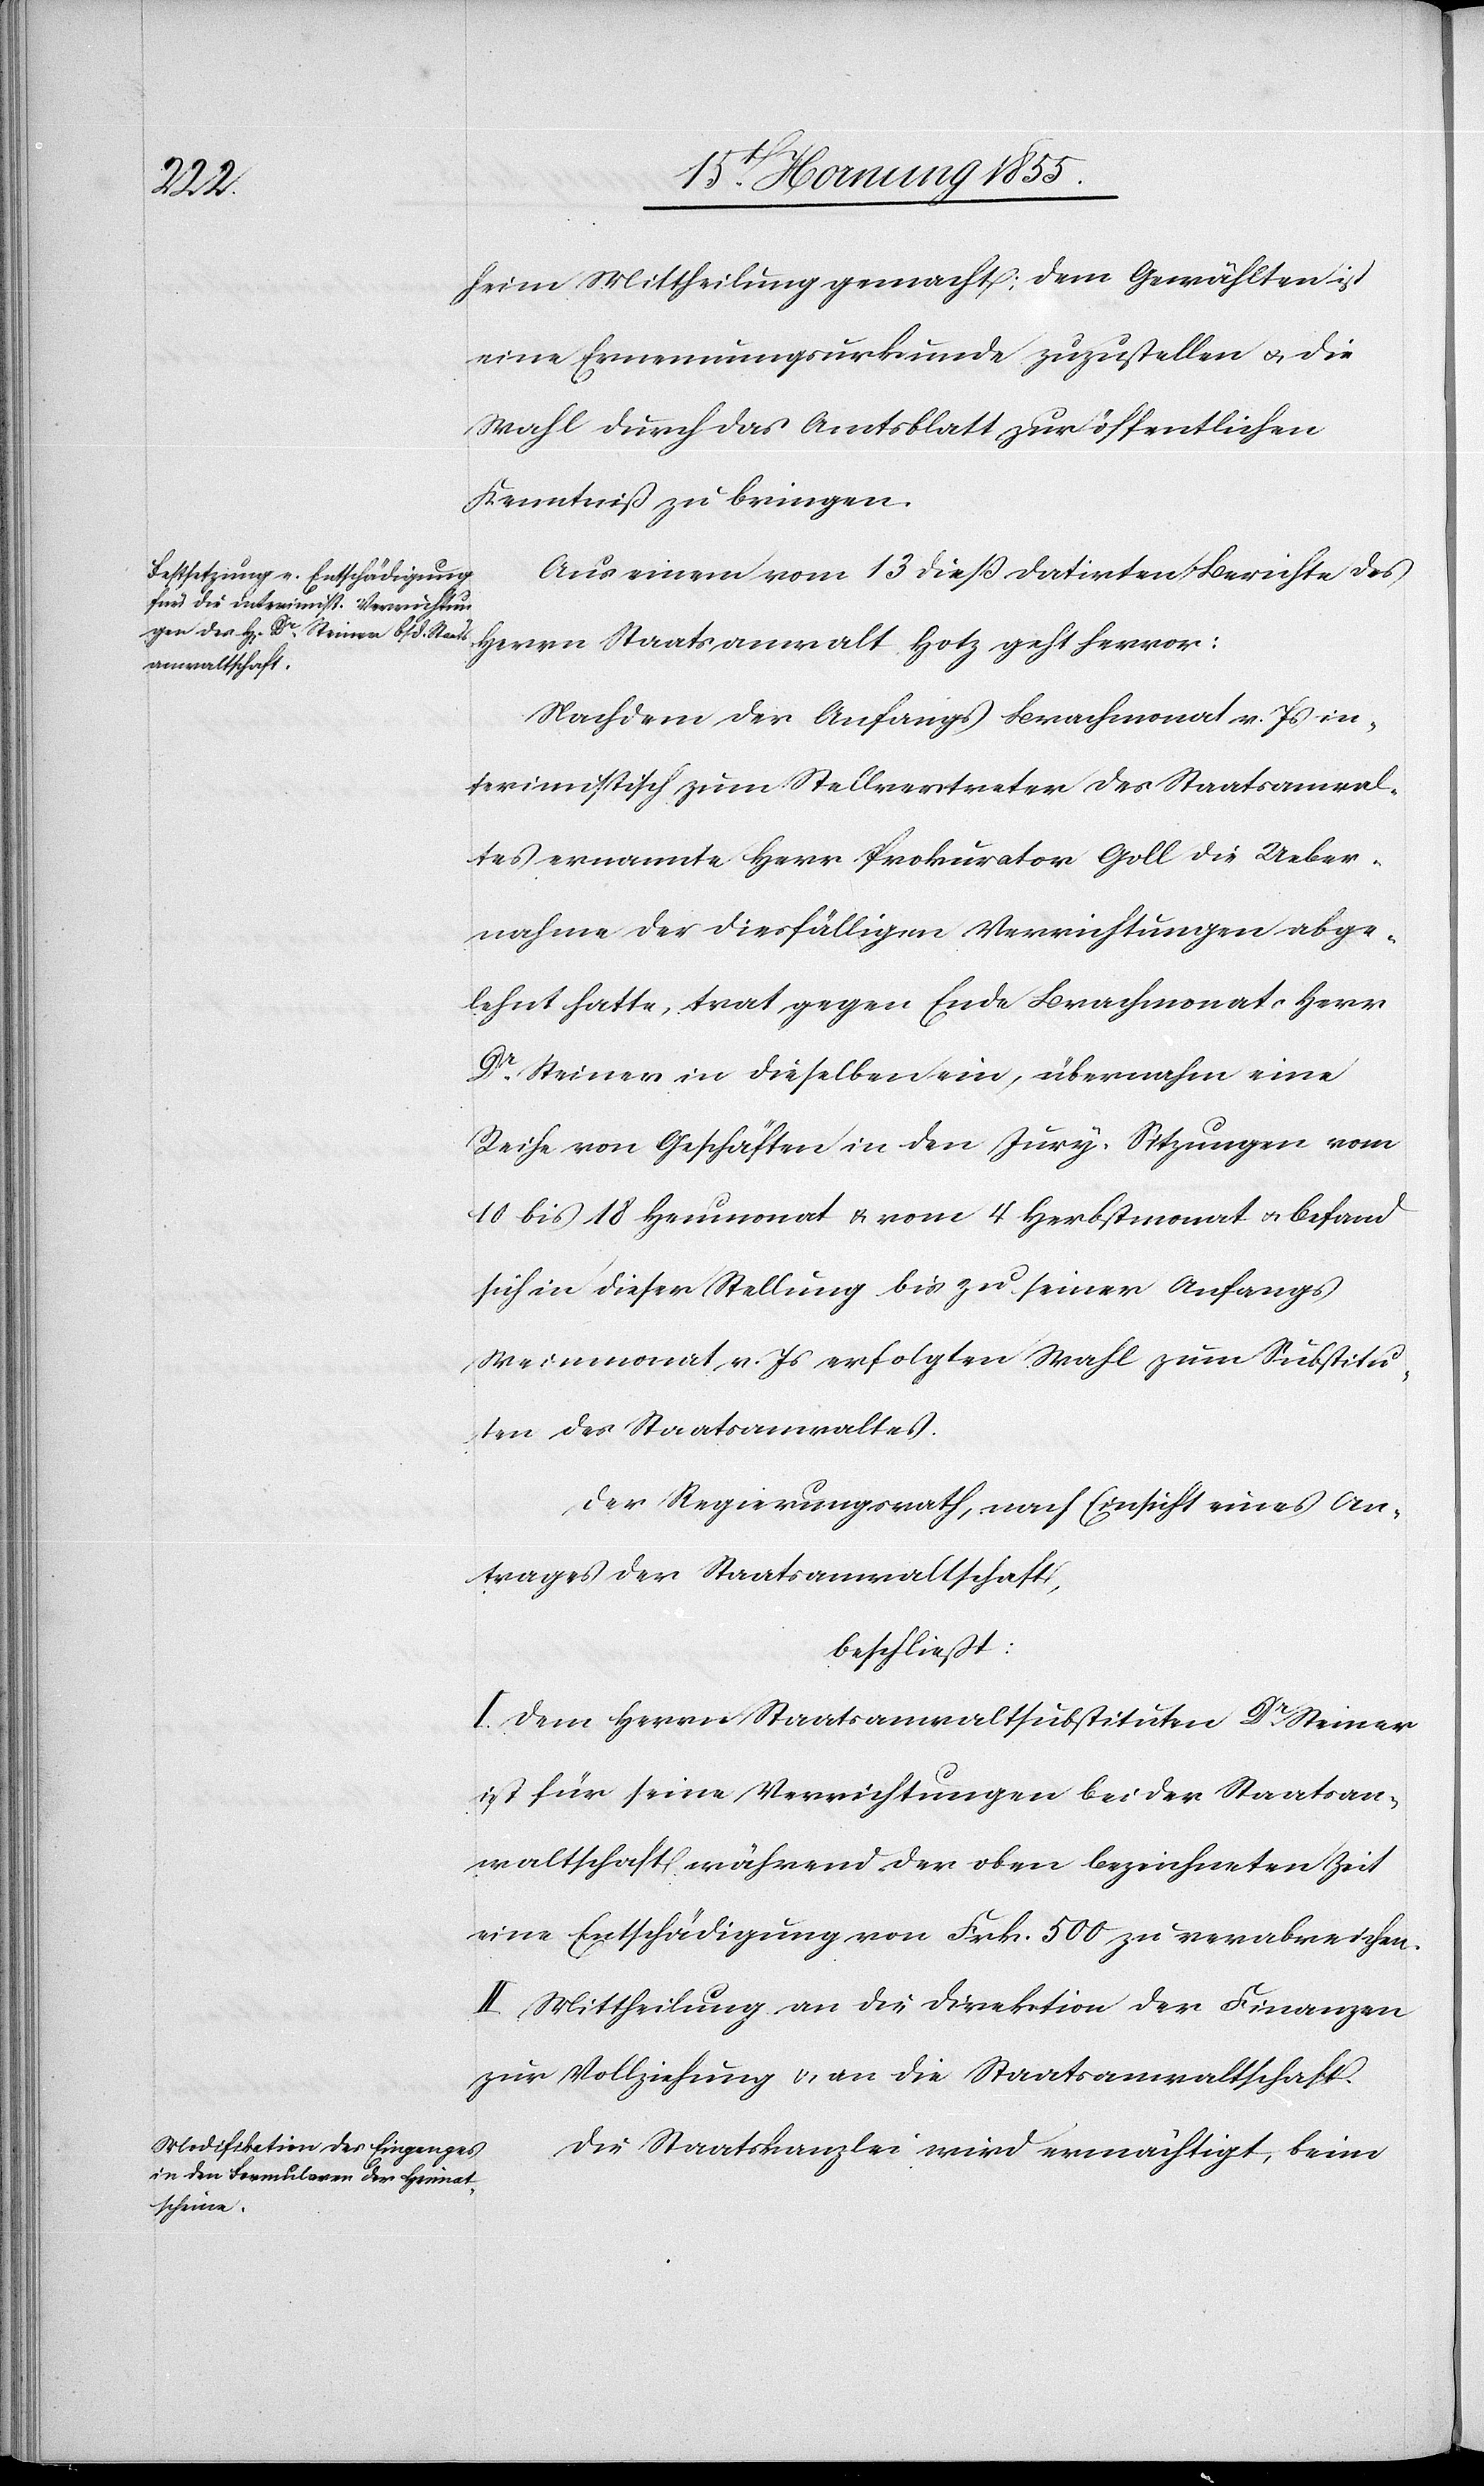
heim Mittheilung gemacht; dem Gewählten ist
eine Ernennungsurkunde zuzustellen & die
Wahl durch das Amtsblatt zur öffentlichen
Kenntniß zu bringen.
Aus einem vom 13 dieß datirten Berichte des
Herrn Staatsanwalt Hotz geht hervor:
Nachdem der Anfangs Brachmonat v. Js in¬
terimistisch zum Stellvertreter des Staatsanwal¬
tes ernannte Herr Prokurator Goll die Ueber¬
nahme der diesfälligen Verrichtungen abge¬
lehnt hatte, trat gegen Ende Brachmonats Herr
Dr. Steiner in dieselben ein, übernahm eine
Reihe von Geschäften in den Jury-Sitzungen vom
10 bis 18 Heumonat & vom 4 Herbstmonat & befand
sich in dieser Stellung bis zu seiner Anfangs
Weinmonat v. Js erfolgten Wahl zum Substitu¬
ten des Staatsanwaltes.
Der Regierungsrath, nach Einsicht eines An¬
trages der Staatsanwaltschaft,
beschliesst:
I. Dem Herrn Staatsanwaltsubstituten Dr. Steiner
ist für seine Verrichtungen bei der Staatsan¬
waltschaft während der oben bezeichneten Zeit
eine Entschädigung von Frk. 500 zu verabreichen.
II. Mittheilung an die Direktion der Finanzen
zur Vollziehung & an die Staatsanwaltschaft.
Die Staatskanzlei wird ermächtigt, beim